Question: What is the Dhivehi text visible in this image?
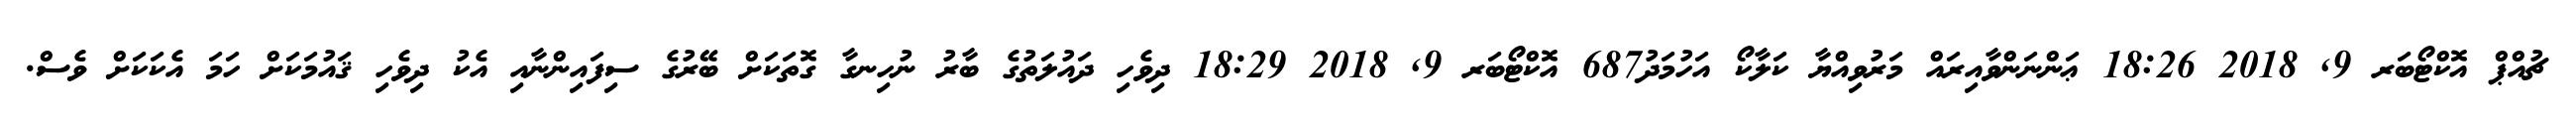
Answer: ޗުއްޕް އޮކްޓޯބަރ 9, 2018 18:26 ޢަންނަންވާއިރައް މަރުވިއްޔާ ކަލާކޯ އަހުމަދު687 އޮކްޓޯބަރ 9, 2018 18:29 ދިވެހި ދައުލަތުގެ ބާރު ނުހިނގާ ގޮތަކަށް ބޭރުގެ ސިފައިންނާއި އެކު ދިވެހި ޤައުމަކަށް ހަމަ އެކަކަށް ވެސް.